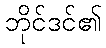
ဘိုင်ဒင်၏